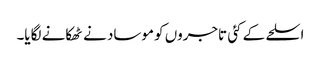
اسلحے کے کئی تاجروں کو موساد نے ٹھکانے لگایا۔